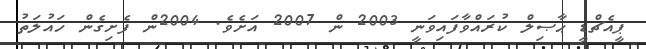
ޕީއެޗްޑީ ޙާޞިލް ކުރައްވާފައިވަނީ 2003 ން 2007 އަށެވެ. 2004ން ފެށިގެން ހައުލަތު